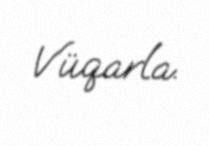
Vüqarla.